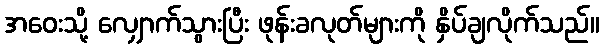
အဝေးသို့ လျှောက်သွားပြီး ဖုန်းခလုတ်များကို နှိပ်ချလိုက်သည်။